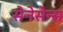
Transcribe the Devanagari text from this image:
सेनेसेन्स